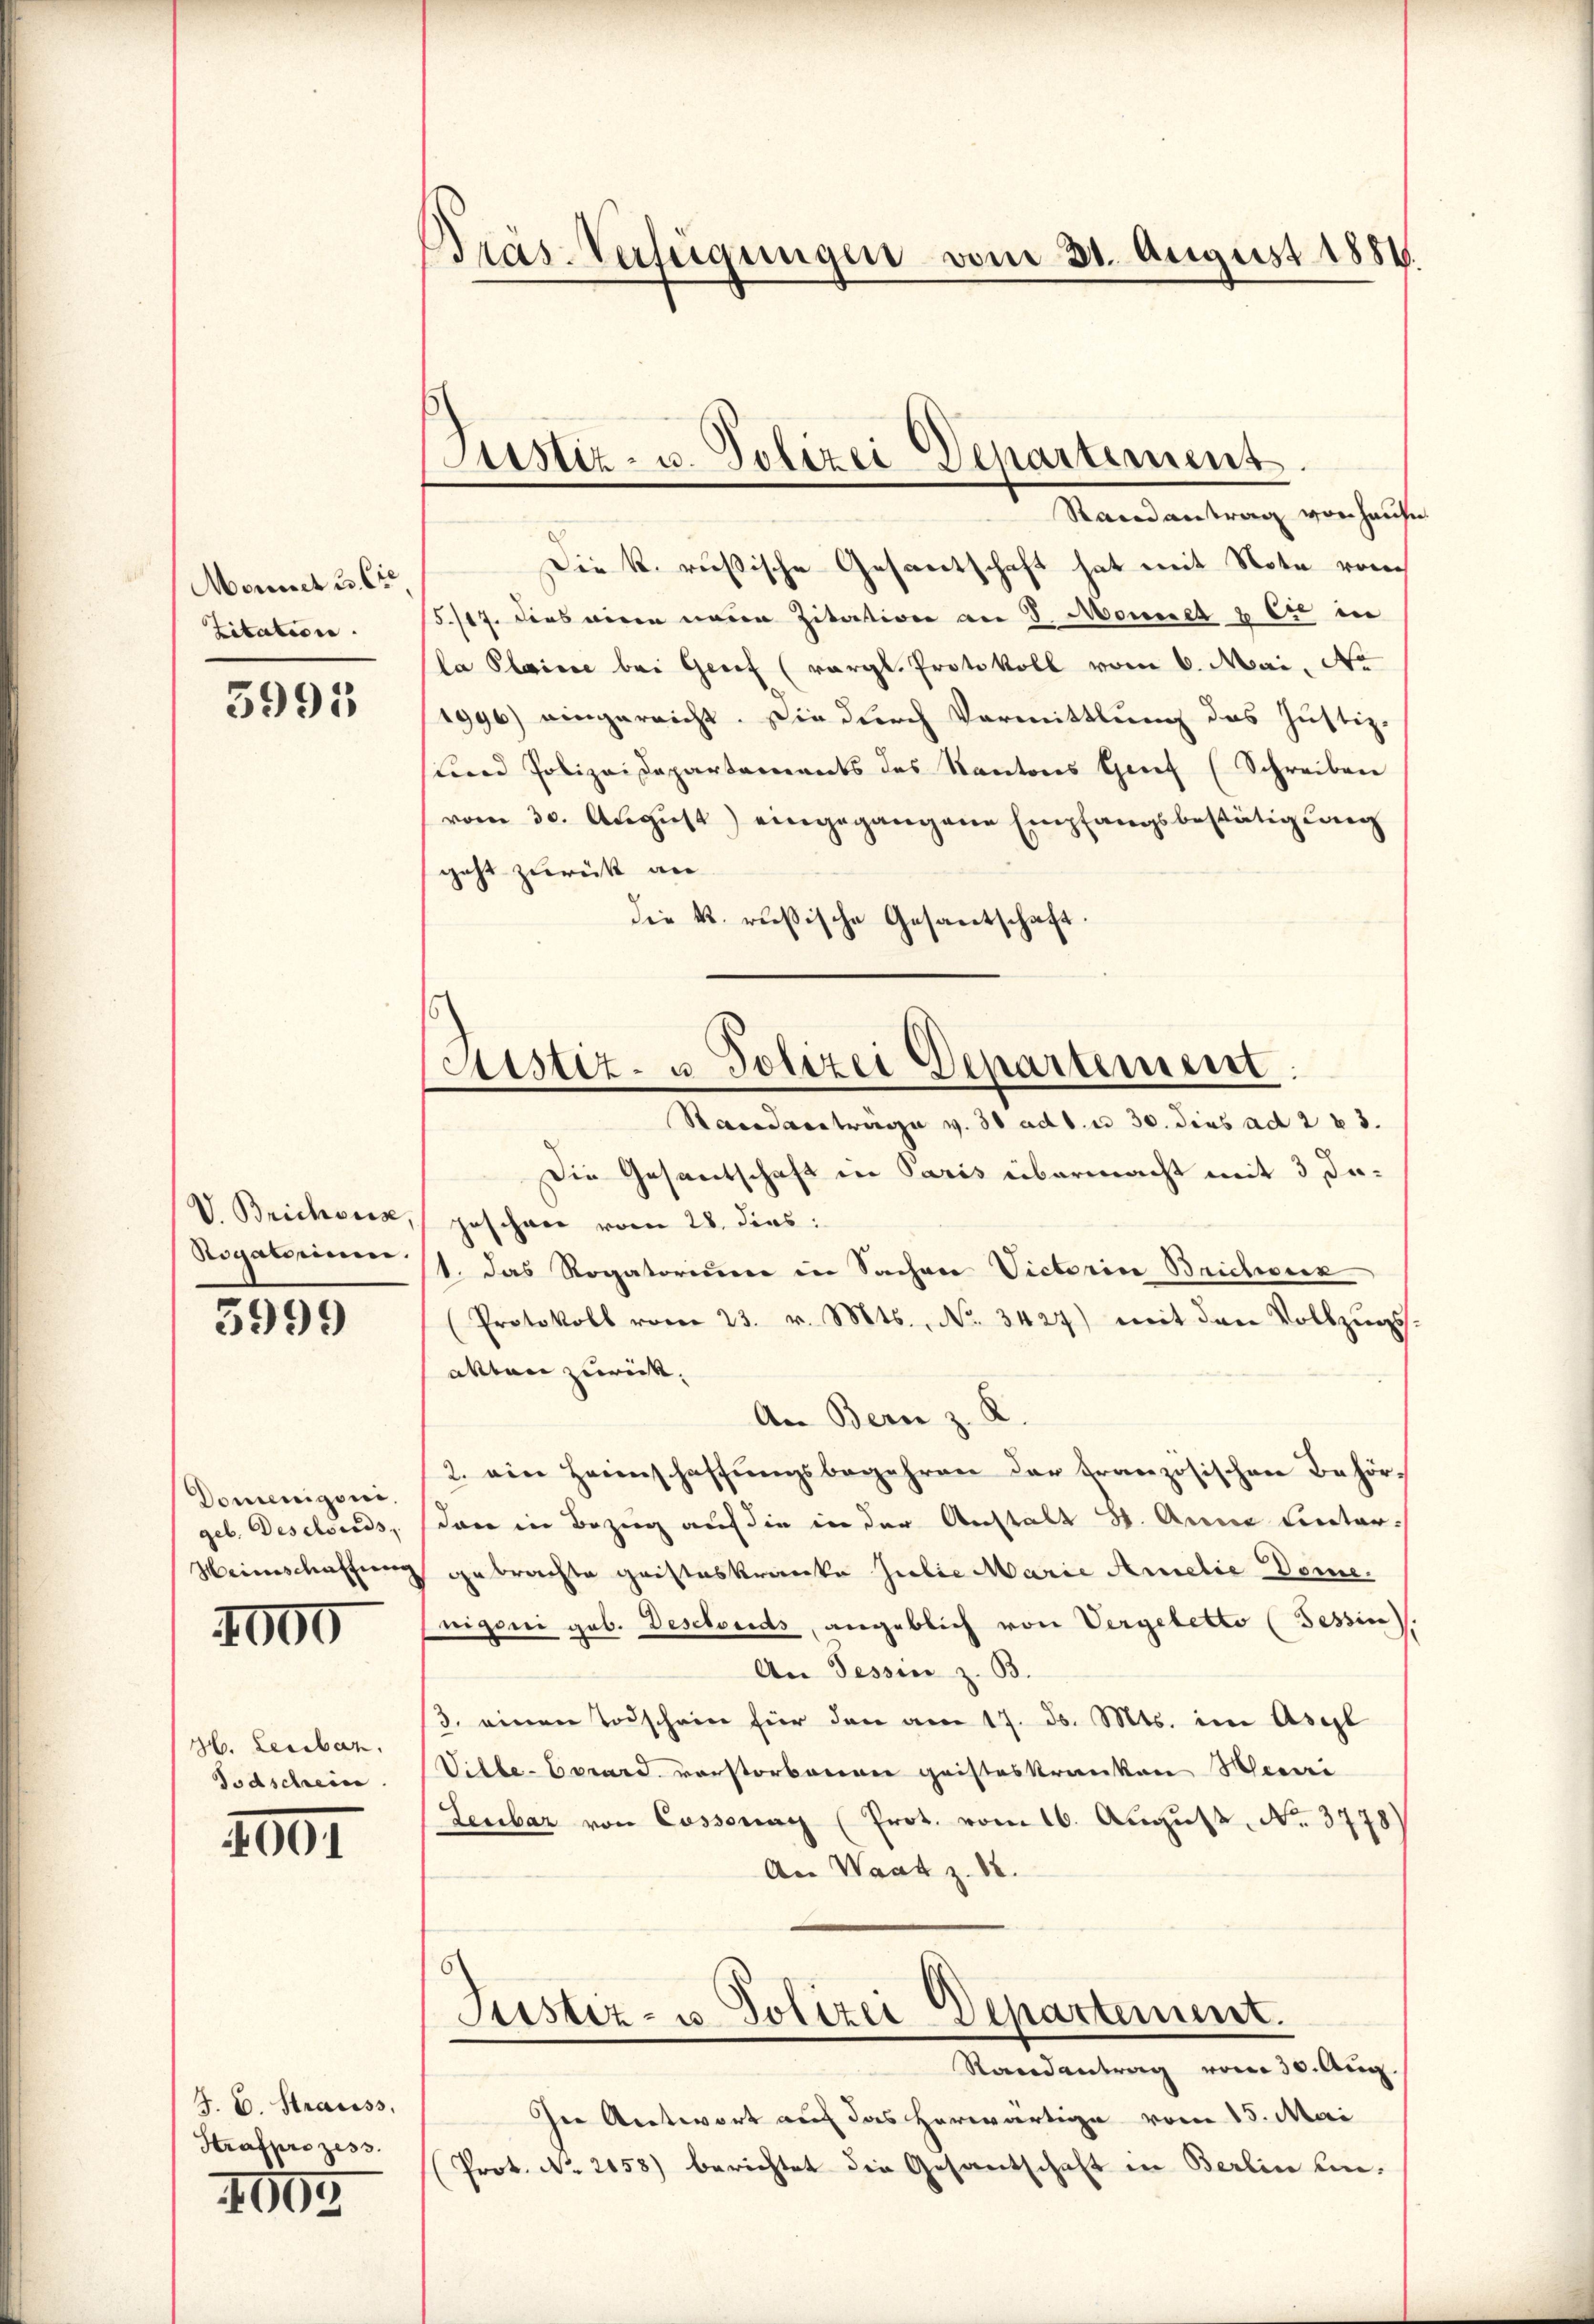
Monnet u. Cie.
Zitation.

3995

V. Brichweise,
Rogatorium.
3999

Domenigen.
geb. Deschieds,
Heinschaffung
1000

H. Leibar
Todschein

2001

J. C. Strauss
Strafprozess.
4605

Präs. Verfügungen vom 31. August 1881.

Astiz- u. Polizei Departement
Randantrag vorhauf

Sistiz- u. Polizei Departement.
Randantrage v. 30 ad b. n 30. dies ad 2 u 3.

Die k. russische Gesantschaft hat mit Note vom
5./17. dies wiren neuen Zitation am 8. Mousset u. Cie in
la Plaine bei Genf (vergl. Protokoll vom 6. Mai. No
1996) eingereicht. Die durch Vormittlung des Justiz-
Lund Polizeidepartements des Kantons Genf (Schreiben
vom 30. August) eingegangene Empfangsbestätigung
geht zurück an
die k. rußische Gesantschaft.
Die Gesantschaft in Paris übermacht mit 3 In¬
Geschnee vom 28. dies:
1. das Rogatorium in Sachen Victorin Brichoux
(Protokoll vom 23. v. Mts., No. 3427) mit den Vollzŭgs-
akten zurück.
An Bern z. R.
2. ein Heimschaffŭngsbegehren der französischen Behör-
dare in Bezug auf die in der Anstalt S. Anna Lntergebrachte Gristeskranke Julie Marie Amerie Deme.
nigoni geb. Deschonds, angeblich von Vergebetto (Tessin.
An Tessin z. B.
3. einen Todschein für den am 17. ds. Mts. im Asyl
Ville-Vorard vorstorbenen geisteskranken Heinri
Lenbar von Cossonay (Prot. vom 16. August No. 3778
An Waatz. 82.
Justiz- u. Polizei Departement.
Randantrag vom 30. Aug.
In Antwort auf das herwärtige vom 15. Mai
Prot. No. 2158) berichtet die Gesantschaft in Berlin lin¬